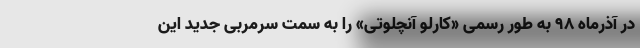
در آذرماه ۹۸ به طور رسمی «کارلو آنچلوتی» را به سمت سرمربی جدید این